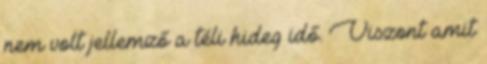
nem volt jellemző a téli hideg idő. Viszont amit